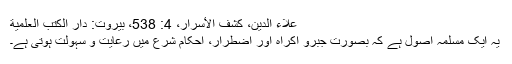
علاء الدين، كشف الأسرار، 4: 538، بيروت: دار الكتب العلمية
یہ ایک مسلمہ اصول ہے کہ بصورتِ جبرو اکراہ اور اضطرار، احکام شرع میں رعایت و سہولت ہوتی ہے۔